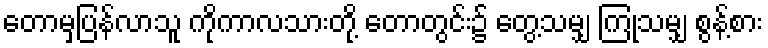
တောမှပြန်လာသူ ကိုကာလသားတို့ တောတွင်း၌ တွေ့သမျှ ကြုံသမျှ စွန့်စား